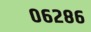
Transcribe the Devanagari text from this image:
०६२८६